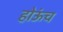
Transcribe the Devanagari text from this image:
होऊंच